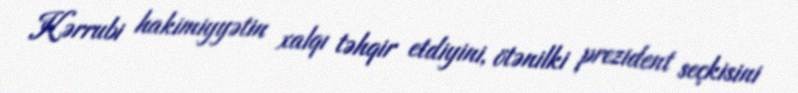
Kərrubi hakimiyyətin xalqı təhqir etdiyini, ötənilki prezident seçkisini